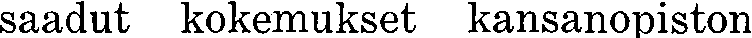
saadut kokemukset kansanopiston